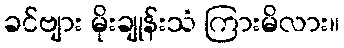
ခင်ဗျား မိုးချုန်းသံ ကြားမိလား။